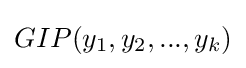
GIP(y_{1},y_{2},...,y_{k})